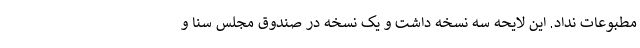
مطبوعات نداد. این لایحه سه نسخه داشت و یک نسخه در صندوق مجلس سنا و